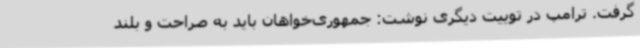
گرفت. ترامپ در توییت دیگری نوشت: جمهوری‌خواهان باید به صراحت و بلند